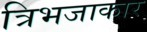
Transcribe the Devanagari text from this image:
त्रिभजाकार